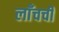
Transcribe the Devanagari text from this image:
लाँचची